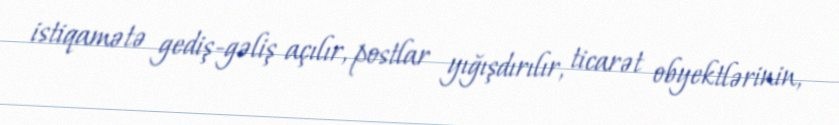
istiqamətə gediş-gəliş açılır, postlar yığışdırılır, ticarət obyektlərinin,